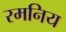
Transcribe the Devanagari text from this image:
रमनिय